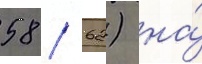
58 / 62) на́